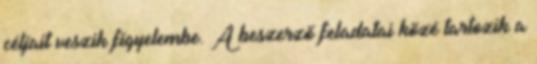
céljait veszik figyelembe. A beszerző feladatai közé tartozik a